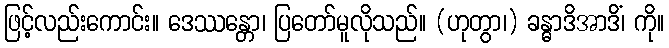
ဖြင့်လည်းကောင်း။ ဒေဿန္တော၊ ပြတော်မူလိုသည်။ (ဟုတွာ၊) ခန္ဓာဒိအာဒိံ၊ ကို။